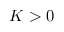
K > 0